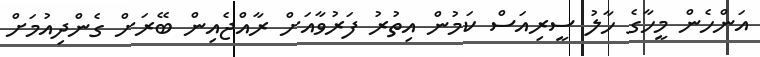
އަންހެން މީހާގެ ހާލު ސީރިއަސް ކަމުން އިތުރު ފަރުވާއަށް ރާއްޖެއިން ބޭރަށް ގެންދިއުމަށް